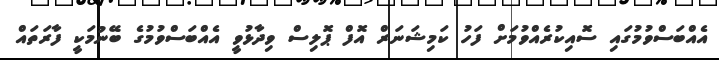
އެއްބަސްވުމުގައި ސޮއިކުރެއްވުމަށް ފަހު ކަމިޝަނަރް އޮފް ޕޮލިސް ވިދާޅުވީ އެއްބަސްވުމުގެ ބޭނުމަކީ ފާރަތައް